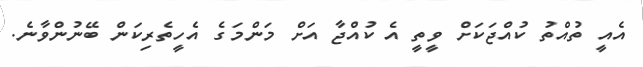
އެއީ ތުއްތު ކުއްޖަކަށް ވީތީ އެ ކުއްޖާ އަށް މަންމަގެ އެހީތެރިކަން ބޭނުންވާނެ.